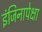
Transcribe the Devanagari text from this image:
इंजिनापेक्षा